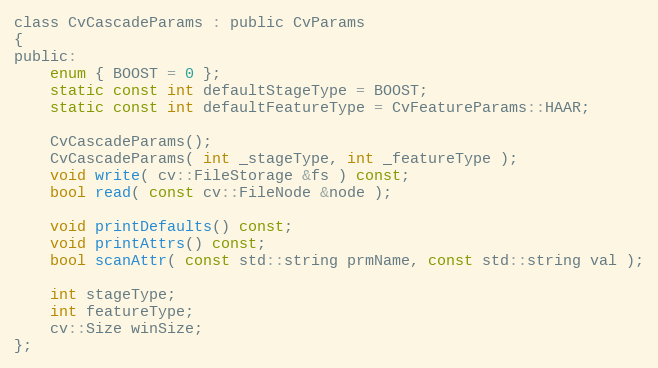
Language: C
class CvCascadeParams : public CvParams
{
public:
    enum { BOOST = 0 };
    static const int defaultStageType = BOOST;
    static const int defaultFeatureType = CvFeatureParams::HAAR;

    CvCascadeParams();
    CvCascadeParams( int _stageType, int _featureType );
    void write( cv::FileStorage &fs ) const;
    bool read( const cv::FileNode &node );

    void printDefaults() const;
    void printAttrs() const;
    bool scanAttr( const std::string prmName, const std::string val );

    int stageType;
    int featureType;
    cv::Size winSize;
};